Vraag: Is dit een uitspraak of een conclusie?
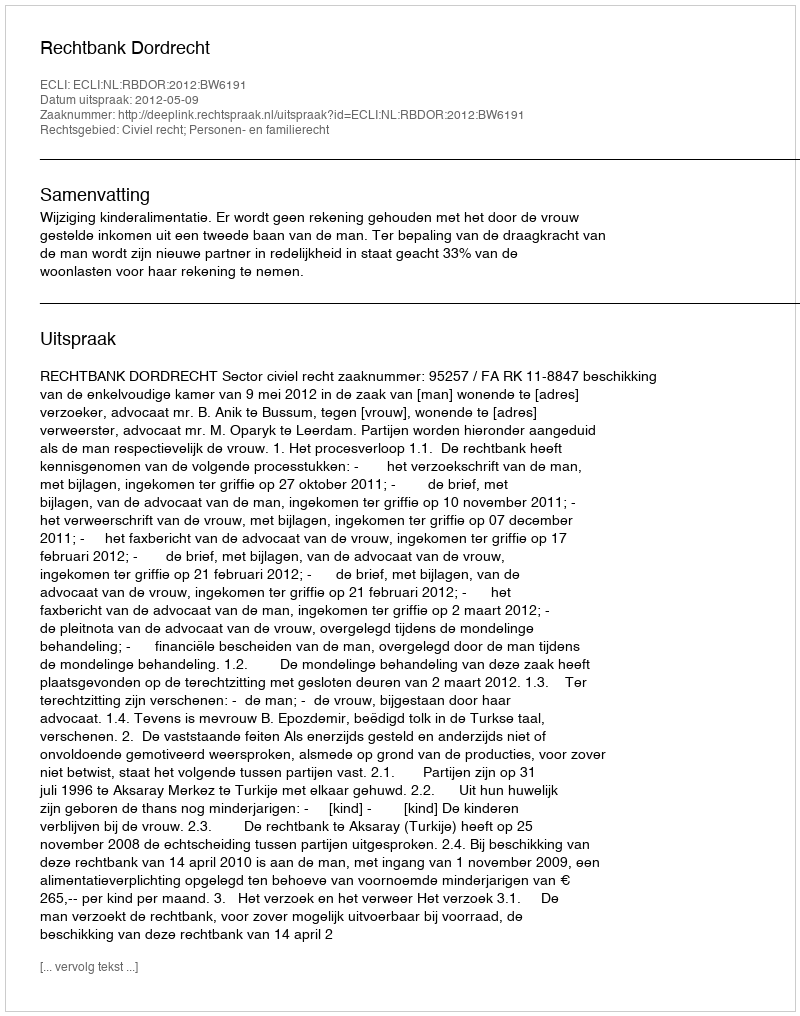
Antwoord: Uitspraak